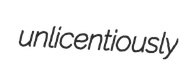
unlicentiously